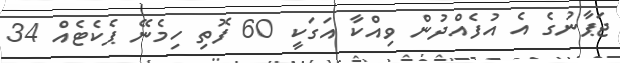
ޖަޕާނުގެ އެ އުފެއްދުން ވިއްކާ އަގަކީ 60 ފޮތި ހިމެނޭ ޕެކެޓެއް 34